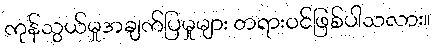
ကုန်သွယ်မှုအချက်ပြမှုများ တရားဝင်ဖြစ်ပါသလား။